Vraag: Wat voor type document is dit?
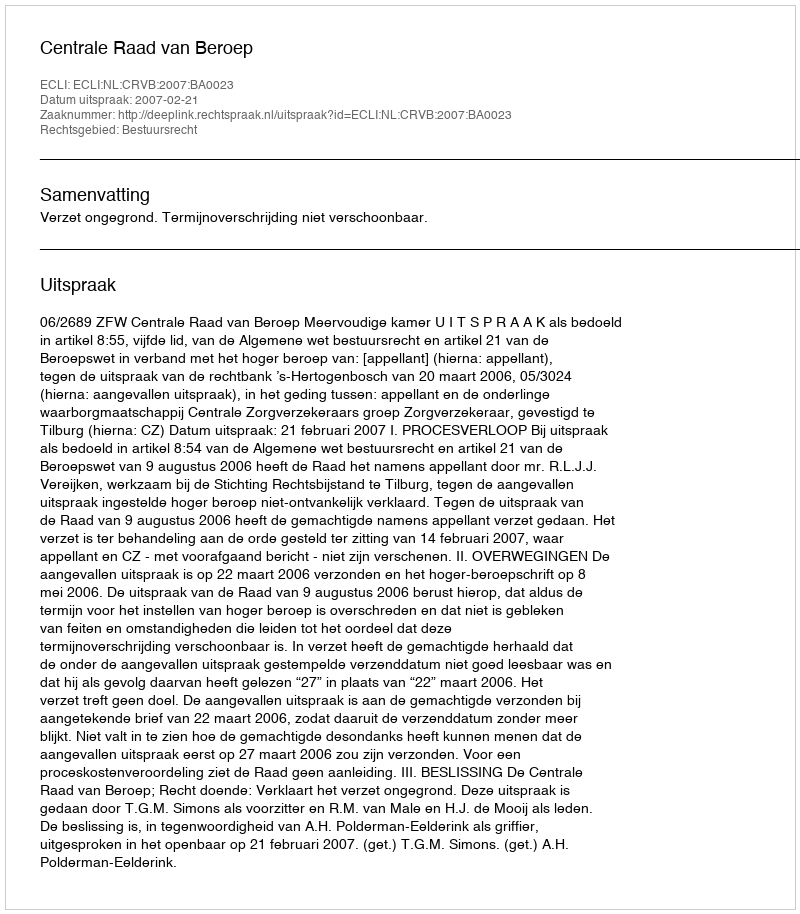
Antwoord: Uitspraak